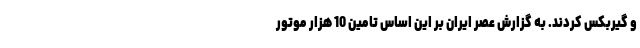
و گیربکس کردند. به گزارش عصر ایران بر این اساس تامین 10 هزار موتور